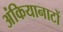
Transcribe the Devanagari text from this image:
अंकियानाटों